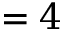
= 4